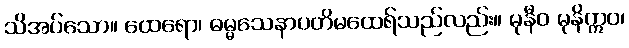
သိအပ်သော။ ထေရော၊ ဓမ္မသေနာပတိမထေရ်သည်လည်း။ မုနီဝ မုနိဣဝ၊